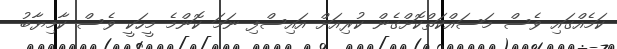
ކަމެއްގައި ވެސް މަސައްކަތްކޮށްގެން ކުރިއަށް އައިސްފި ނަމަ ކޮންމެ މީހަކީ ވެސް ކާމިޔާބު